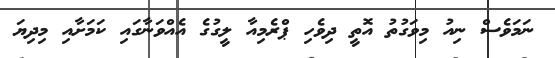
ނަމަވެސް ނިއު މިވަގުތު އޮތީ ދިވެހި ޕްރެމިއާ ލީގުގެ އެއްވަނާގައި ކަމަށާއި މިދިޔަ